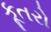
કૂતરો